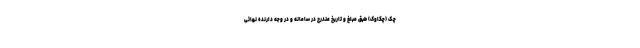
چک (چکاوک) طبق مبلغ و تاریخ مندرج در سامانه و در وجه دارنده نهائی